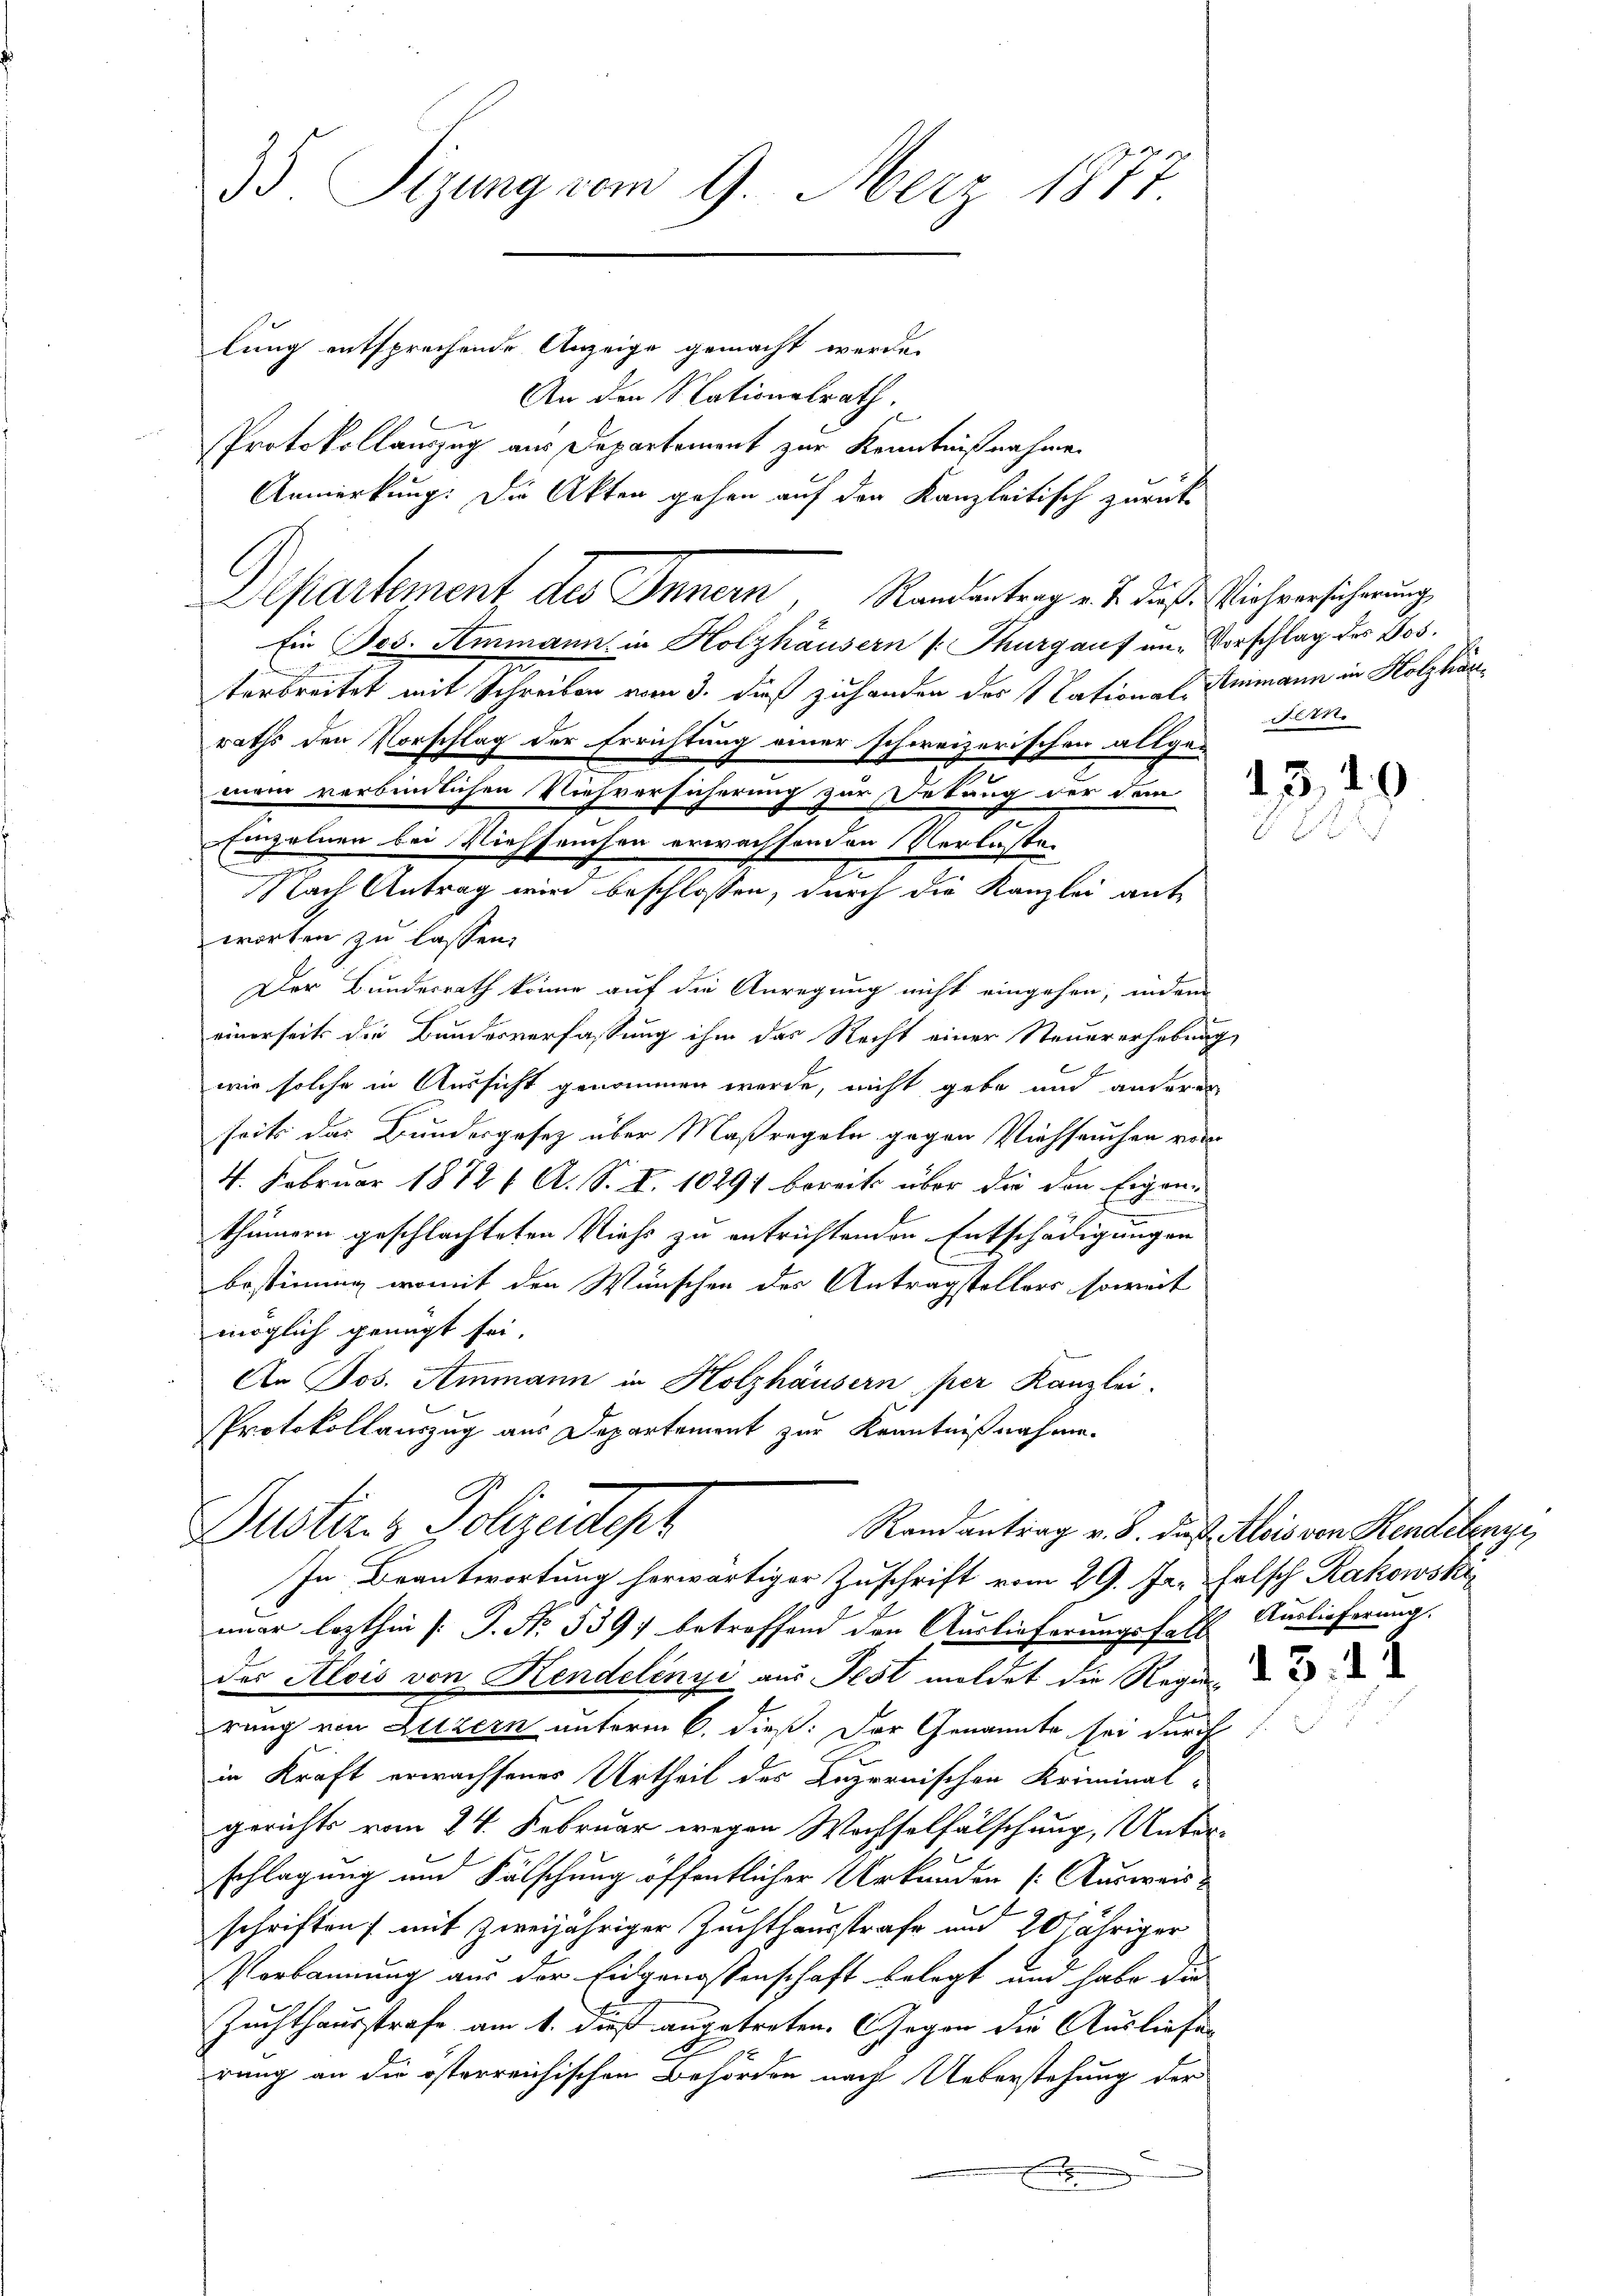
35. Sizung vom 9. März 1877

lung entsprechende Anzeige gemacht werde.
An den Nationalrath,
Protokollauszug aus Departement zur Kenntnißnahme.
Anmerkung. Die Akten gehen auf der Kanzleitisch zurück
Departement des Innern, Randantrag v. J. daß Viehversicherung
Ein Jes. Ammann in Holzhäusern (: Thurgauf um Vorschlag des Bos¬
C
terbreitet mit Schreiben vom 3. dieß zuhanden der National-Ammann in Holzhänraths den Vorschlag der Errichtung einer schweizerischen allgemein verbeinlichen Niehversicherung zur Dekang der dem § 22
Einzelnen bei Viehseuchen erwachsenden Verluste
Nach Antrag wird beschlossen, durch die Kanzlei ant
worten zu lassen.
Der Bundesrath könne auf die Anregung nicht eingehen, indem
einerseits die Bundesverfassung ihm das Recht einer Steuererhebung,
wie solche in Aussicht genommen werde, nicht gebe und anderes
seits das Bundergesetz über Maßregeln gegen Viehseuchen vor
4. Februar 1872 A. S. S. 10291 bereits über die den Eigen-
thümern geschlachteten Viehs zu entrichtenden Entschädigungen
bestimme, womit den Wünschen des Antragstellers soweit
möglich genügt sei.
An Jos. Ammann in Holzhäusern per Kanzlei.
Protokollauszug aus Departement zur Kenntnißnahme.

mmer lezthin [P. No. 539; betreffend den Auslieferungsfalls Auslieferung.
der Alois von Hendelinyi aus Fest meldet die Regie
rung von Luzern unferm 6. dieß: Der Genannte sei durch
in Kraft erwachsener Urtheil des Luzernischen Kriminal-
gerichts vom 24. Februar wegen Wachselfälschung, Unter-
schlagung und Fälschung öffentlicher Urkunden (Ausweis
schriften / mit zweijähriger Zuchthausstrafe und 20 jähriger
Verbannung aus der Eidgenossenschaft belegt und habe die
Zuchthausstrafe am 1. dieß angetreten. Gegen die Ausliefes
rung an die österreichischen Behörden nach Ueberstehung der
F
e

Pusten & Polizeidir
In Beantwortung herwärtiger Zuschrift vom 29. Ja. Falsch Rakowski

71.

Randantrag v. 8. das Alois von Rendetenze